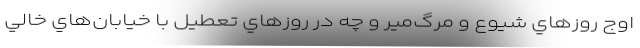
اوج روزهاي شيوع و مرگ‌‌مير و چه در روزهاي تعطيل با خيابان‌هاي خالي